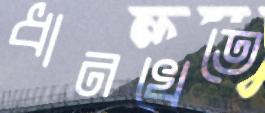
ধানখেতে